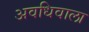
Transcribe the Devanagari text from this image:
अवधिवाला